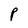
Character: P